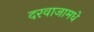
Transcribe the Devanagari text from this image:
दरवाजामधे